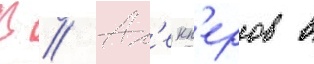
В // Ал'екп'еров в